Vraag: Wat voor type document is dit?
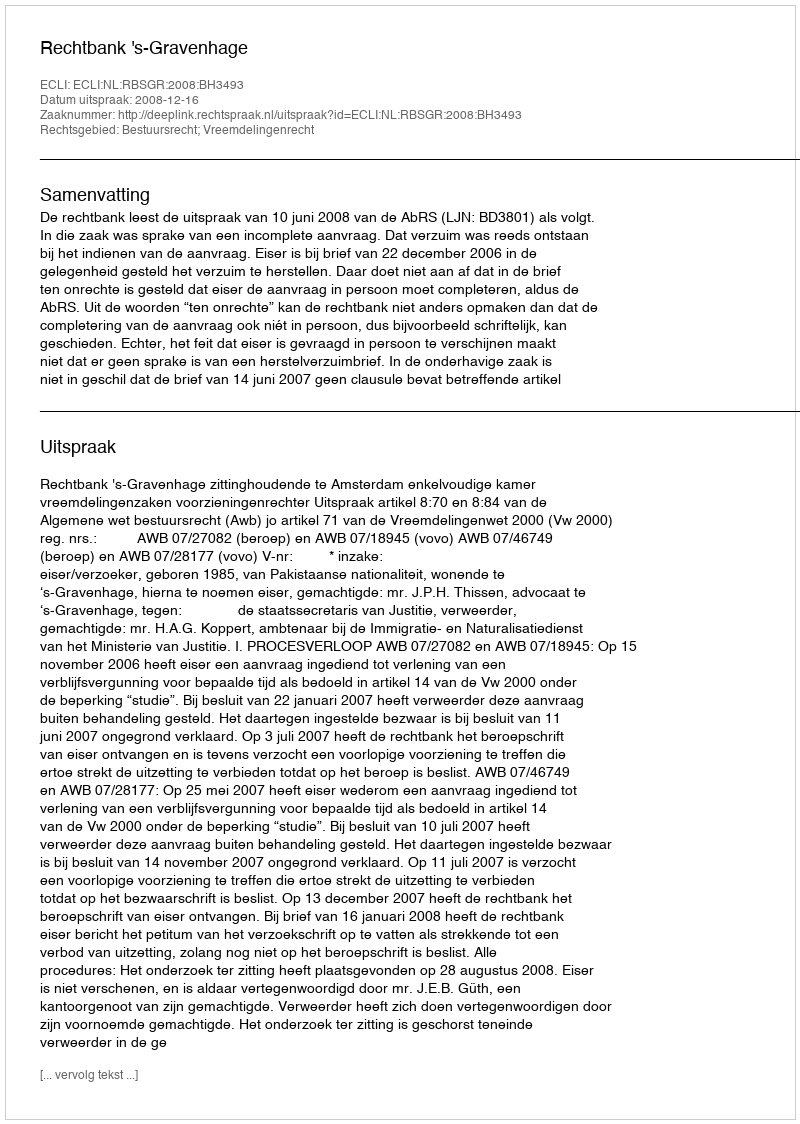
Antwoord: Uitspraak